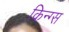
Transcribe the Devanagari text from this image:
किन्ग्स